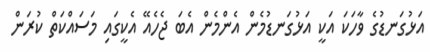
އަޅުގަނޑުގެ ވާހަކަ އަކީ އަޅުގަނޑުމެން އެންމެން އެބަ ޖެހެއޭ އެކީގައި މަސައްކަތް ކުރަން